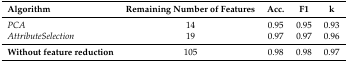
<table><thead><tr><td><b>Algorithm</b></td><td><b>Remaining Number of Features</b></td><td><b>Acc.</b></td><td><b>F1</b></td><td><b>k</b></td></tr></thead><tbody><tr><td><i>PCA</i></td><td>14</td><td>0.95</td><td>0.95</td><td>0.93</td></tr><tr><td><i>AttributeSelection</i></td><td>19</td><td>0.97</td><td>0.97</td><td>0.96</td></tr><tr><td><b>Without feature reduction</b></td><td>105</td><td>0.98</td><td>0.98</td><td>0.97</td></tr></tbody></table>